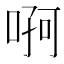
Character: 𠶄